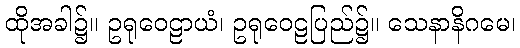
ထိုအခါ၌။ ဥရုဝေဠာယံ၊ ဥရုဝေဠပြည်၌။ သေနာနိဂမေ၊